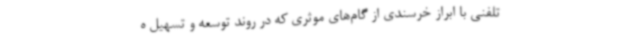
تلفنی با ابراز خرسندی از گام‌های موثری که در روند توسعه و تسهیل ه